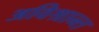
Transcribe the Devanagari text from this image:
अविश्रान्त